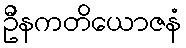
ဦနကတိယောဇနံ